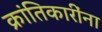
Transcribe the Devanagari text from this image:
क्रांतिकारींना